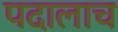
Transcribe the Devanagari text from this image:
पदालाच